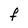
Character: F